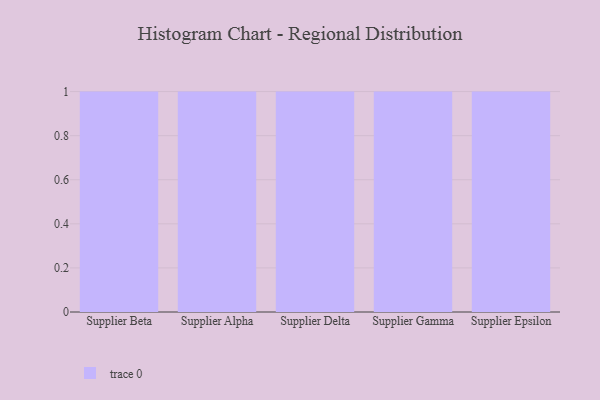
{"axis": {"x": "Supplier", "y": "LTV (USD)"}, "legend": [""], "data": [{"x": "Supplier Beta", "y": 27, "type": ""}, {"x": "Supplier Alpha", "y": 67, "type": ""}, {"x": "Supplier Delta", "y": 100, "type": ""}, {"x": "Supplier Gamma", "y": 91, "type": ""}, {"x": "Supplier Epsilon", "y": 13, "type": ""}]}